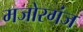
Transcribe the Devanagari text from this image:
मजोरगंज